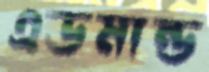
এডমান্ড